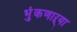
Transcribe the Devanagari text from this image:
भुंकणाऱ्या